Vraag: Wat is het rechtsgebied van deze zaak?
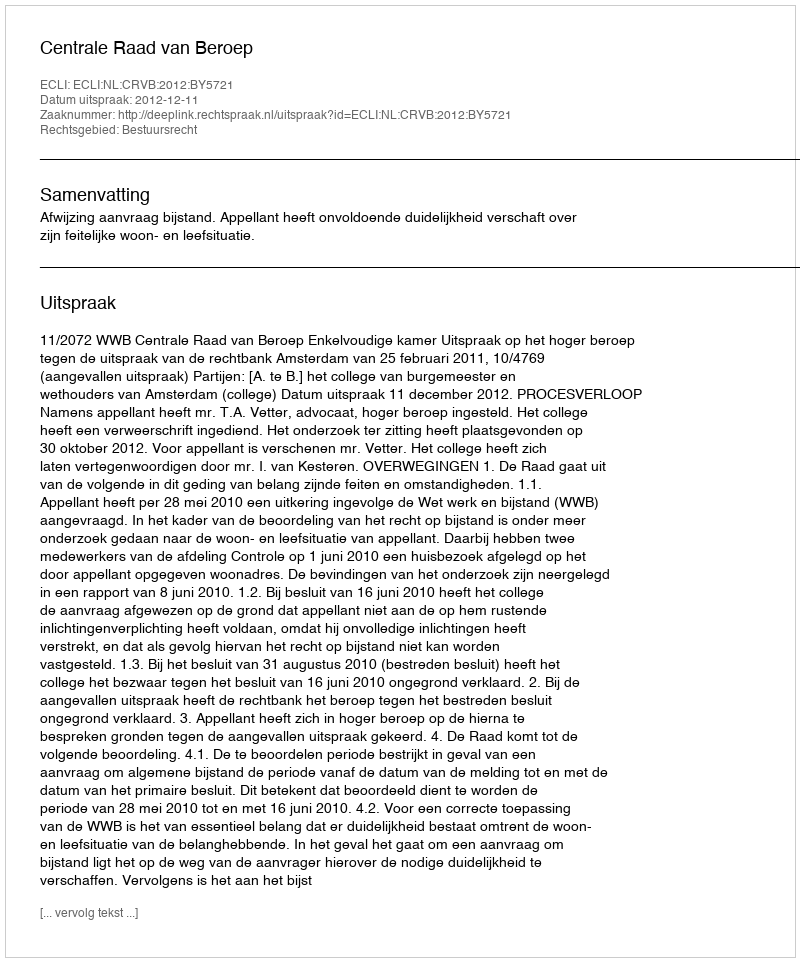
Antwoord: Bestuursrecht